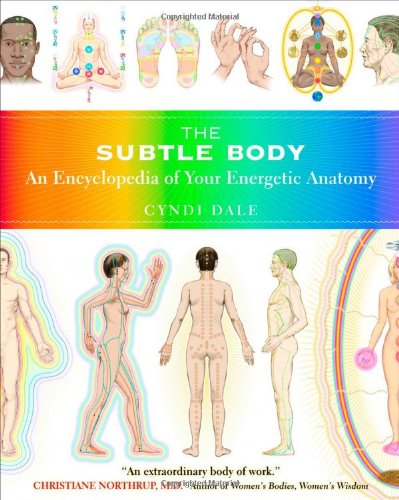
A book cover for The Subtle Body: An Encyclopedia of Your Energetic Anatomy; Cyndi Dale; Health, Fitness & Dieting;